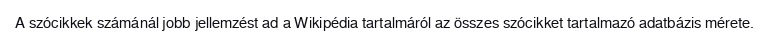
A szócikkek számánál jobb jellemzést ad a Wikipédia tartalmáról az összes szócikket tartalmazó adatbázis mérete.